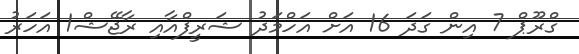
ގްރޫޕް 7 އިން ގަދަ 16 އަށް އަހްމަދު ޝަރީފްއާއި ރާޖޭޝް1 އަހަރު